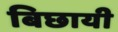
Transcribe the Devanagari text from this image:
बिछायी